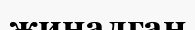
жиналган